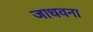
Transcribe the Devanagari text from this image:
जाधवना